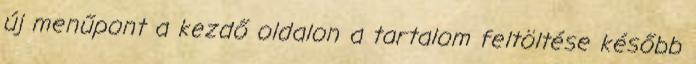
új menűpont a kezdő oldalon a tartalom feltöltése később